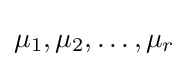
\mu _{1},\mu _{2},\ldots ,\mu _{r}